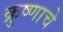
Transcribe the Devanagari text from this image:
क्रुष्णाचे